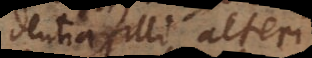
coincidentia illi alteri.